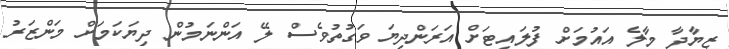
ޒިޔާދާ މާލެ އައުމަށް ފުލައިޓަށް އަރަންދިޔަ ވަގުތުވެސް ލޭ އަންނަމުން ދިޔަކަމަށް މަންޒަރު